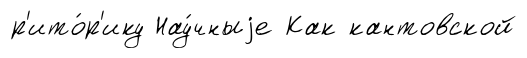
р'ито́р'ику Нау́чныjе Как кантовской